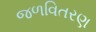
જળવિતરણ